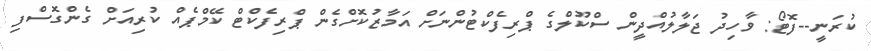
ކުރަނީ--ފޮޓޯ: ވާހިދު ޖަލާލުއްދީން ސްކޫލްގެ ޕްރިފެކްޓުންނަށް އަމާޒުކޮށްގެން ޕްރިފެކްޓް ކޭމްޕެއް ކުރިއަށް ގެންގޮސްފި